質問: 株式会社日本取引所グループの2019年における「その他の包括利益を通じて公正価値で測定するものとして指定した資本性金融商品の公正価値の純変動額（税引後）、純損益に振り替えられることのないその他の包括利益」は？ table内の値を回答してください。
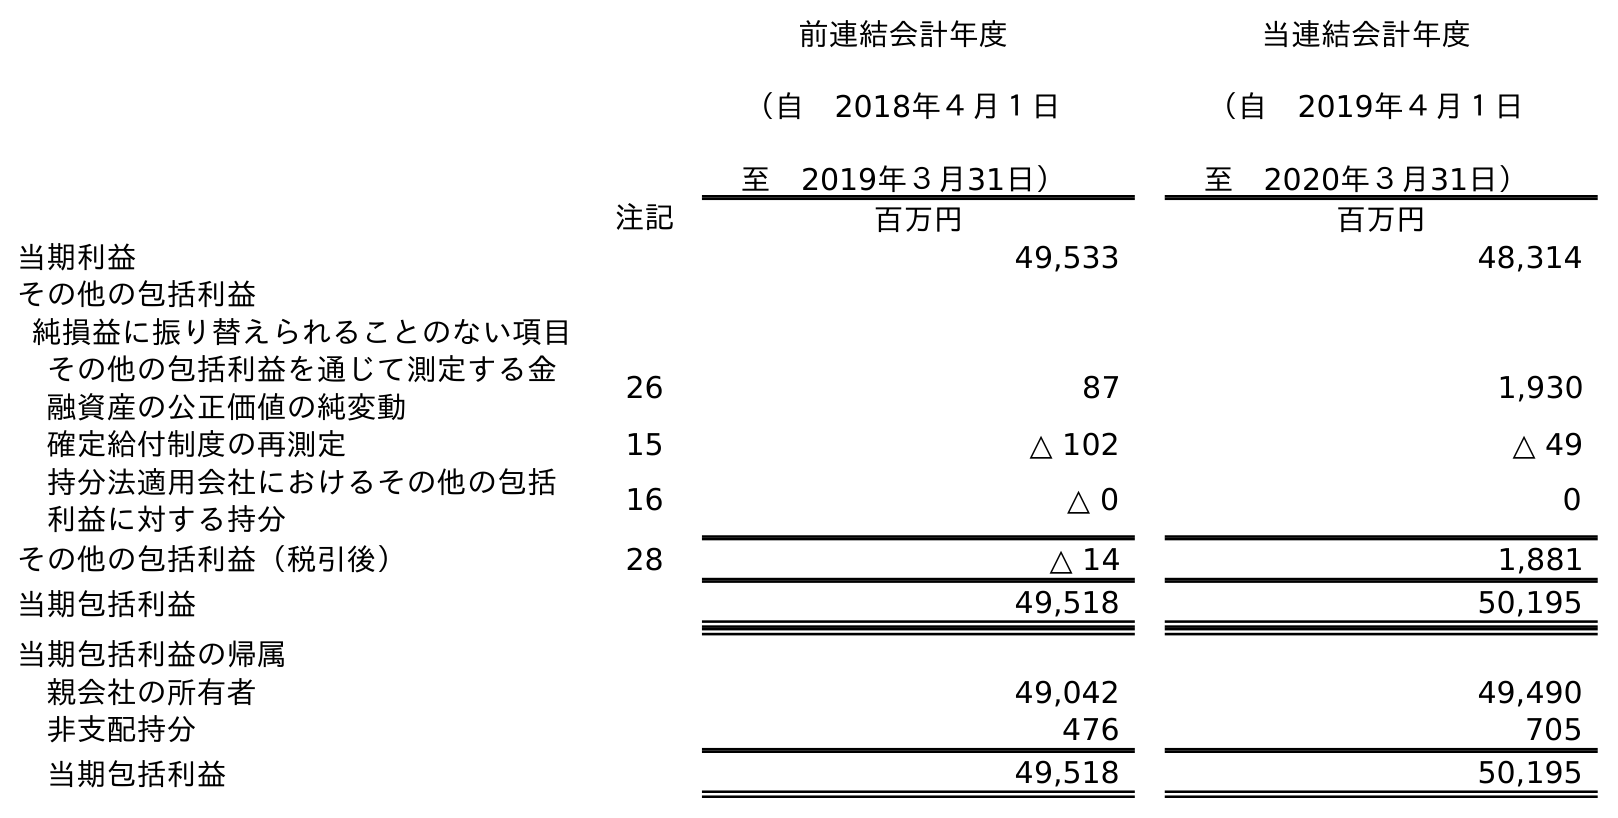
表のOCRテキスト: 前連結会計年度 （自 2018年４月１日 至 2019年３月31日） 当連結会計年度 （自 2019年４月１日 至 2020年３月31日） 注記 百万円 百万円 当期利益 49,533 48,314 その他の包括利益 純損益に振り替えられることのない項目 その他の包括利益を通じて測定する金 融資産の公正価値の純変動 26 87 1,930 確定給付制度の再測定 15 △ 102 △ 49 持分法適用会社におけるその他の包括 利益に対する持分 16 △ 0 0 その他の包括利益（税引後） 28 △ 14 1,881 当期包括利益 49,518 50,195 当期包括利益の帰属 親会社の所有者 49,042 49,490 非支配持分 476 705 当期包括利益 49,518 50,195
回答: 87